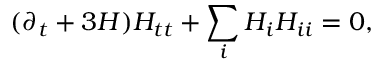
( \partial _ { t } + 3 H ) H _ { t t } + \sum _ { i } H _ { i } H _ { i i } = 0 ,